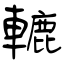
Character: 轆